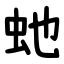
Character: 虵